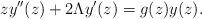
LaTeX: \begin{align*}zy''(z)+2\Lambda y'(z)=g(z)y(z).\end{align*}